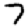
Digit: 7